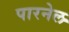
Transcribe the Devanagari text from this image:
पारनेल